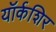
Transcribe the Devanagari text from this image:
यॉर्कशिर